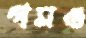
গমও